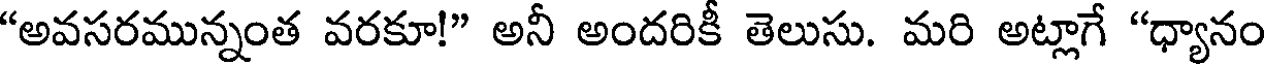
"అవసరమున్నంత వరకూ!" అనీ అందరికీ తెలుసు. మరి అట్లాగే "ధ్యానం